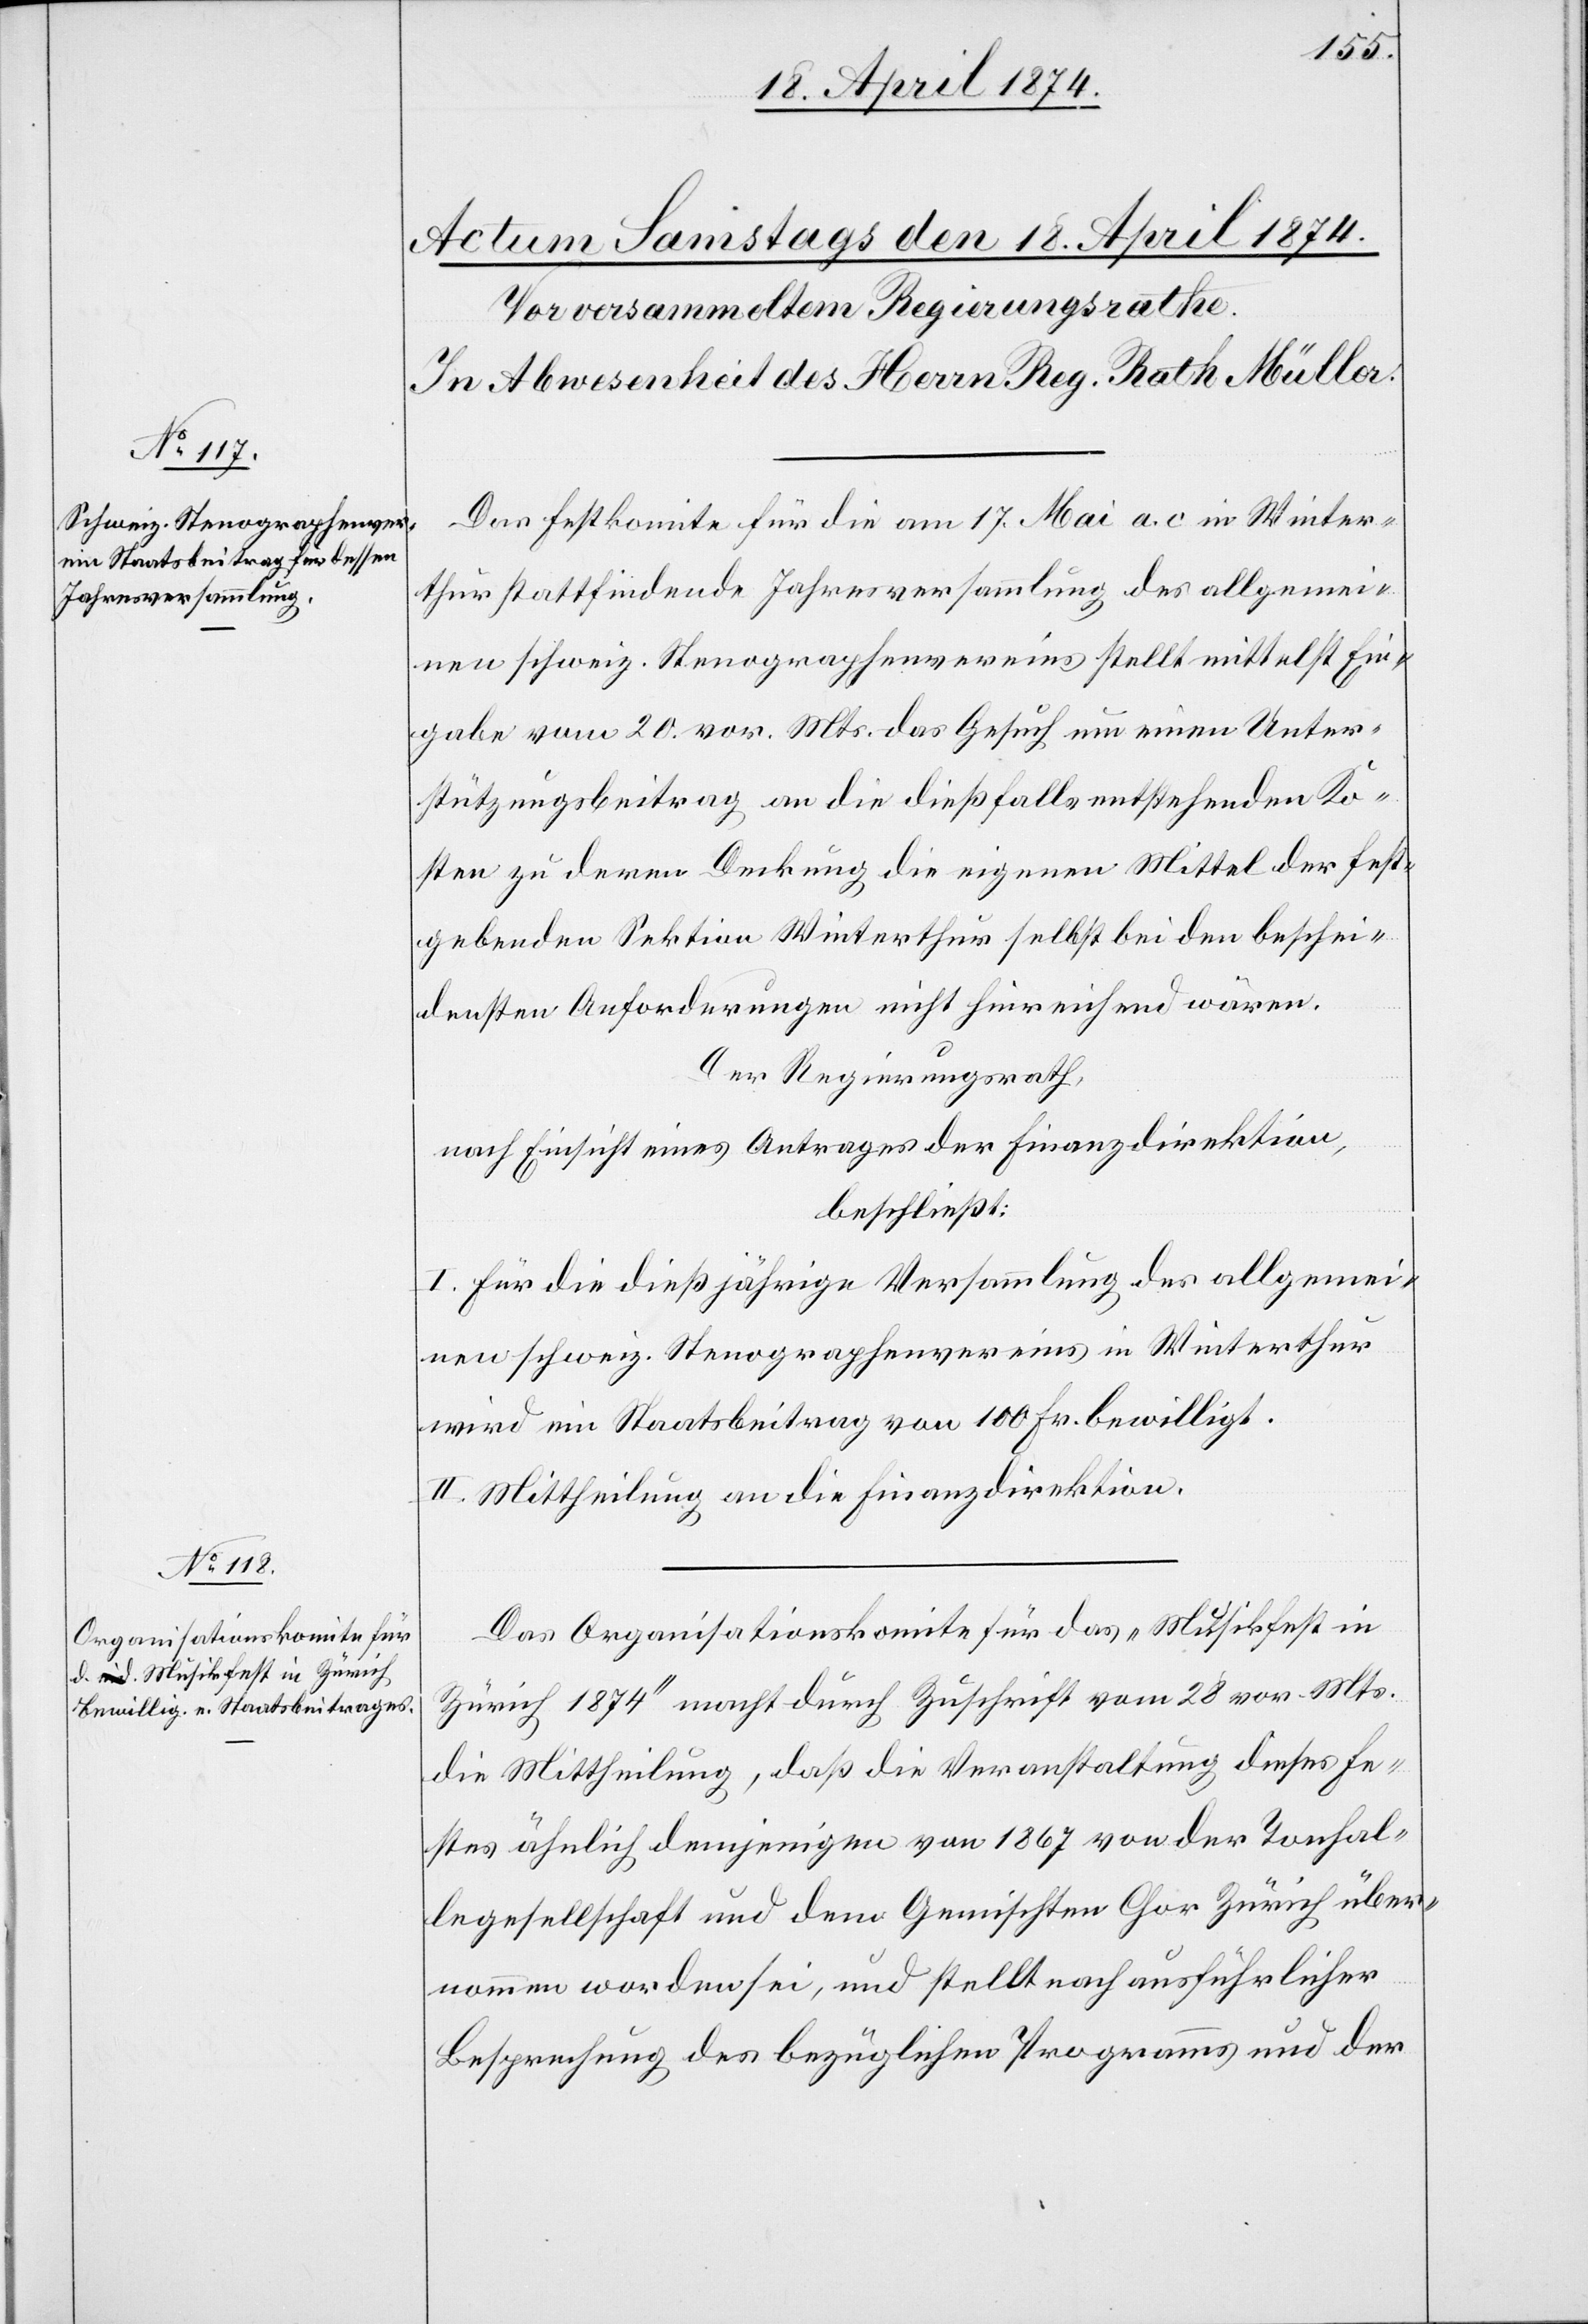
Das Festkomite für die am 17. Mai a. c. in Winter¬
thur stattfindende Jahresversammlung des allgemei¬
nen schweiz. Stenographenvereins stellt mittelst Ein¬
gabe vom 20. vor. Mts. das Gesuch um einen Unter¬
stützungsbeitrag an die dießfalls entstehenden Ko¬
sten zu deren Deckung die eigenen Mittel der fest¬
gebenden Sektion Winterthur selbst bei den beschei¬
densten Anforderungen nicht hinreichend wären.
Der Regierungsrath,
nach Einsicht eines Antrages der Finanzdirektion,
beschließt:
I. Für die dießjährige Versammlung des allgemei¬
nen schweiz. Stenographenvereins in Winterthur
wird ein Staatsbeitrag von 100 Fr. bewilligt.
II. Mittheilung an die Finanzdirektion.
Das Organisationskomite für das „Musikfest in
Zürich 1874“ macht durch Zuschrift vom 28. vor. Mts.
die Mittheilung, daß die Veranstaltung dieses Fe¬
stes ähnlich denjenigen von 1867 von der Tonhal¬
legesellschaft und dem Gemischten Chor Zürich über¬
nommen worden sei, und stellt nach ausführlicher
Besprechung des bezüglichen Programms und der